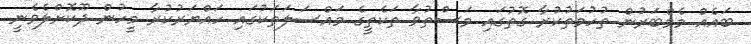
ބައެއް މެމްބަރުން ތުހުމަތުކުރާ ގޮތުގައި މަސްތުވާ ތަކެތީގެ މައްސަލަތަކުގައި ހައްޔަރުކުރާ މީހުން ދޫކޮށްލެވެނީ